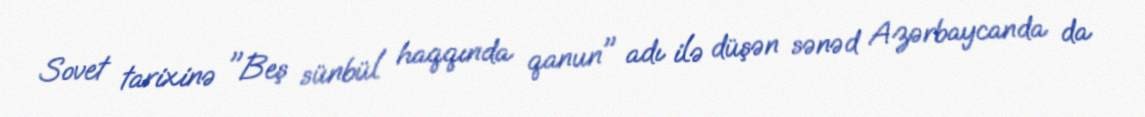
Sovet tarixinə "Beş sünbül haqqında qanun" adı ilə düşən sənəd Azərbaycanda da